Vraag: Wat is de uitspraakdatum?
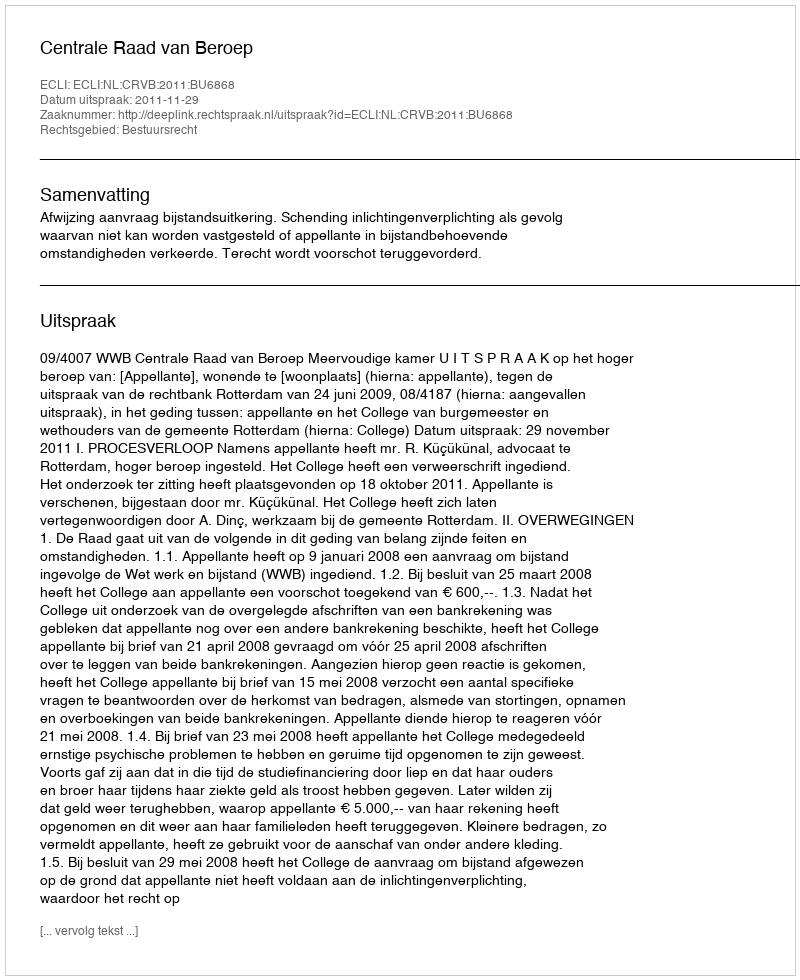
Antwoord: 2011-11-29